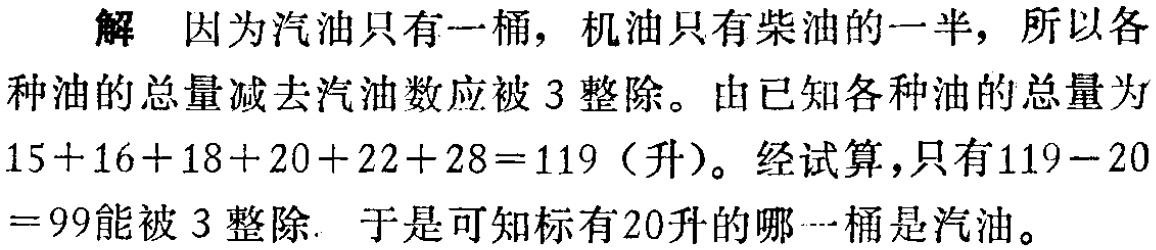
解 因为汽油只有一桶，机油只有柴油的一半，所以各种油的总量减去汽油数应被 \(3\) 整除。由已知各种油的总量为 \(15 + 16 + 18 + 20 + 22 + 28 = 119\)（升）。经试算，只有 \(119 - 20 = 99\)能被 \(3\) 整除. 于是可知标有 \(20\)升的哪一桶是汽油。